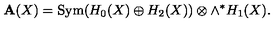
{ \bf A } ( X ) = \mathrm { S y m } ( H _ { 0 } ( X ) \oplus H _ { 2 } ( X ) ) \otimes \wedge ^ { * } H _ { 1 } ( X ) .